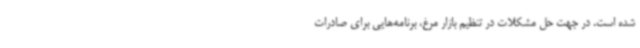
شده است. در جهت حل مشکلات در تنظیم بازار مرغ، برنامه‌هایی برای صادرات